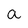
Character: a